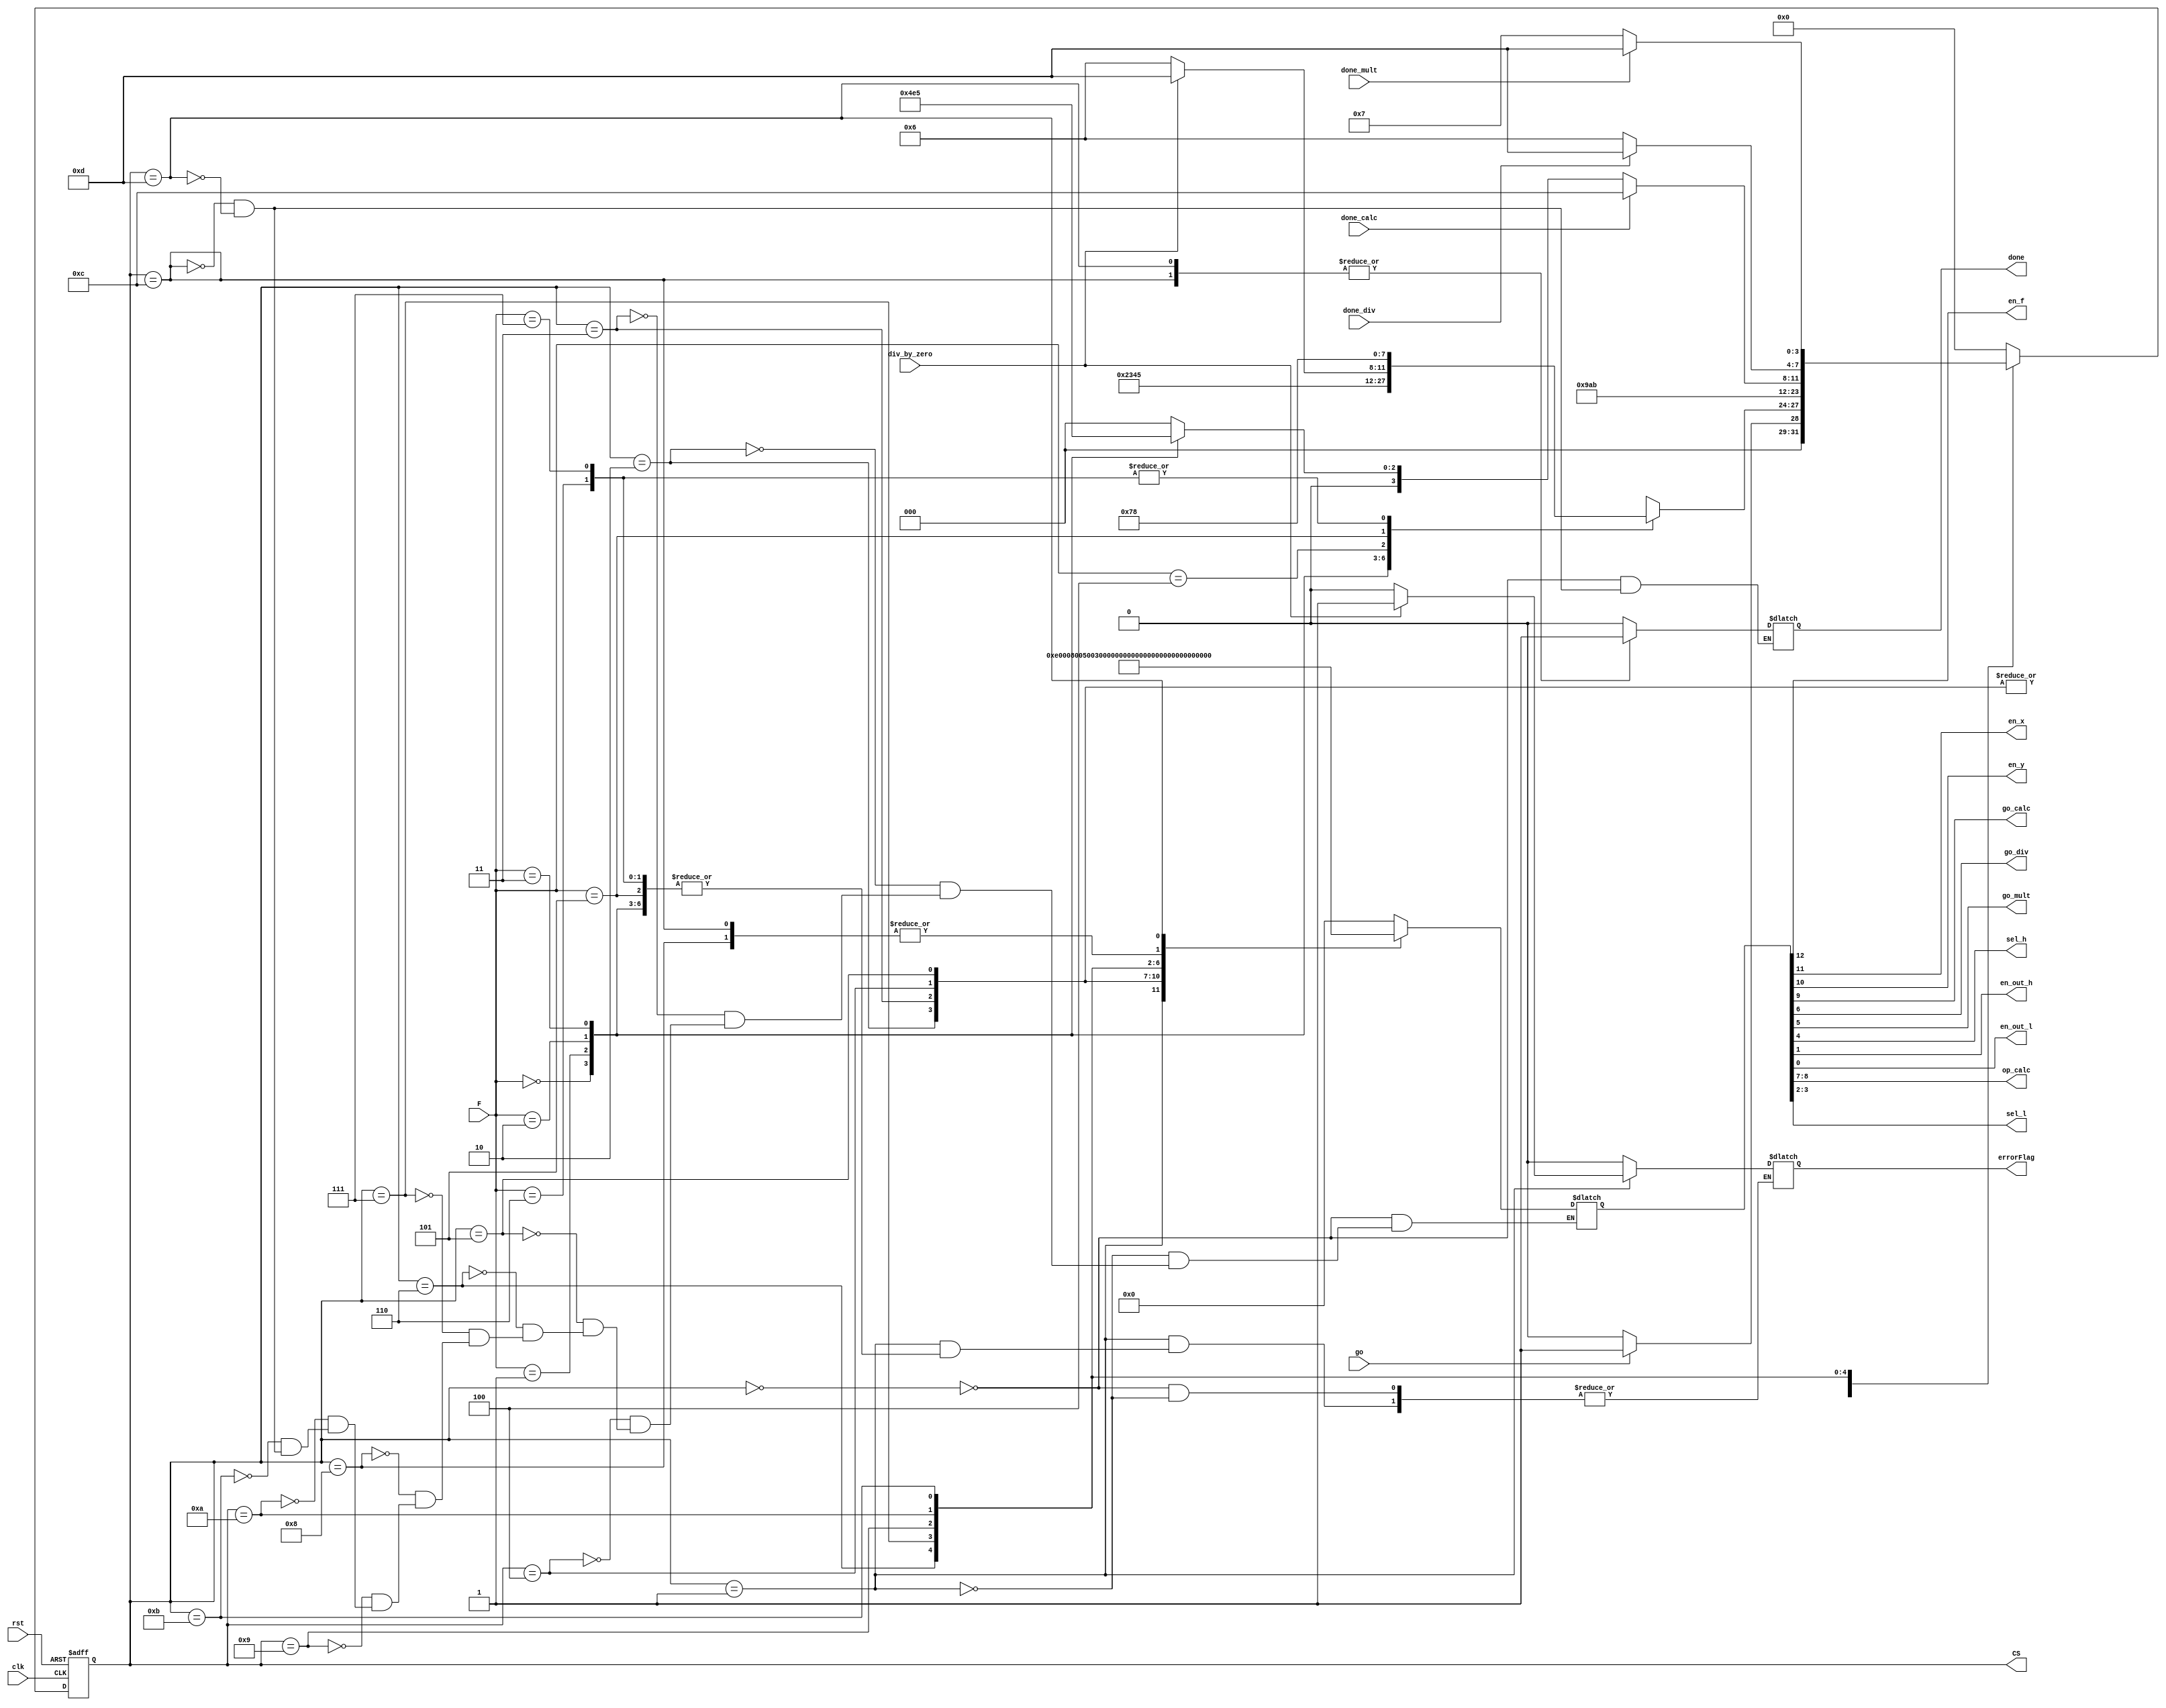
`timescale 1ns / 1ps

module CU(input clk, rst, go, done_calc, done_div, done_mult, div_by_zero,
          input [2:0] F,
          output reg en_f, en_x, en_y, go_calc, go_div, go_mult, sel_h, en_out_h, en_out_l, done, errorFlag,
          output reg[1:0] op_calc, sel_l,
          output reg[3:0] CS);
reg[12:0] ctrl;
reg[3:0] NS;

parameter
            sIDLE = 4'b0000,sLOAD = 4'b0001,sADD = 4'b0010,sSUB = 4'b0011,sAND = 4'b0100,
            sXOR = 4'b0101,sDIV = 4'b0110,sMUL = 4'b0111,sPASS = 4'b1000,sDONE_CALC = 4'b1001,
            sDONE_DIV = 4'b1010, sDONE_MUL = 4'b1011, sOUT_CALC = 4'b1100, sOUT_D_M = 4'b1101,
            IDLE = 13'b0_0_0_0_00_0_0_0_00_0_0,
            LOAD1 = 13'b1_1_1_0_00_0_0_0_00_0_0,
            GO_ADD = 13'b0_0_0_1_00_0_0_0_00_0_0,
            GO_SUB = 13'b0_0_0_1_01_0_0_0_00_0_0,
            GO_AND = 13'b0_0_0_1_10_0_0_0_00_0_0,
            GO_XOR = 13'b0_0_0_1_11_0_0_0_00_0_0,
            GO_DIV = 13'b0_0_0_0_00_1_0_0_00_0_0,
            GO_MULT = 13'b0_0_0_0_00_0_1_0_00_0_0,
            PASS = 13'b0_0_0_0_00_0_0_0_00_0_1,
            DONE_CALC = 13'b0_0_0_0_00_0_0_0_01_0_0,
            DONE_DIV = 13'b0_0_0_0_00_0_0_1_11_0_0,
            DONE_MULT = 13'b0_0_0_0_00_0_0_0_10_0_0,
            OUT_CALC = 13'b0_0_0_0_00_0_0_0_00_0_1,
            OUT_DIV_MULT = 13'b0_0_0_0_01_0_0_0_00_1_1;
            
always@(posedge clk, posedge rst)begin
    if(rst) CS <= IDLE;
    else CS <= NS;
end
always@(ctrl) {en_f, en_x, en_y, go_calc, op_calc, go_div, go_mult, sel_h, sel_l, en_out_h, en_out_l} = ctrl;
always@(CS, go)begin //might need to take out q
    case(CS)
        sIDLE:begin
            ctrl = IDLE;
            done = 0;
            errorFlag = 0;
            if(go) NS = sLOAD;
            else NS = sIDLE;
        end
        sLOAD:begin
            ctrl = LOAD1;
            case(F) //F
                3'b000:NS = sADD;
                3'b001:NS = sSUB;
                3'b010:NS = sAND;
                3'b011:NS = sXOR;
                3'b100:begin 
                    if(div_by_zero == 0)begin
                        errorFlag = 0;
                        NS = sDIV;
                    end
                    else begin
                        errorFlag = 1;
                        NS = sOUT_D_M;
                    end
                end
                3'b101:NS = sMUL;
                3'b110:NS = sPASS;
                3'b111:NS = sPASS;
                default: NS = sPASS;
            endcase
        end
        sADD:begin
            ctrl = GO_ADD;
            NS = sDONE_CALC;
        end
        sSUB:begin
            ctrl = GO_SUB;
            NS = sDONE_CALC;
        end
        sAND:begin
            ctrl = GO_AND;
            NS = sDONE_CALC;
        end
        sXOR:begin
            ctrl = GO_XOR;
            NS = sDONE_CALC;
        end
        sDIV:begin
            ctrl = GO_DIV;
            NS = sDONE_DIV;
        end
        sMUL:begin
            ctrl = GO_MULT;
            NS = sDONE_MUL;
        end
        sPASS:begin
            ctrl = PASS;
            NS = sIDLE;
        end
        sDONE_CALC:begin
            ctrl = DONE_CALC;
            if(done_calc)
                NS = sOUT_CALC;
            else
                case(F)
                    3'b000:NS = sADD;
                    3'b001:NS = sSUB;
                    3'b010:NS = sAND;
                    3'b011:NS = sXOR;
                    default:NS = sIDLE;
                endcase
        end
        sDONE_DIV:begin
            ctrl = DONE_DIV;
            if(done_div)
                NS = sOUT_D_M;
            else
                NS = sDIV;
        end
        sDONE_MUL:begin
            ctrl = DONE_MULT;
            if(done_mult)
                NS = sOUT_D_M;
            else
                NS = sMUL;
        end
        sOUT_CALC:begin
            ctrl = OUT_CALC;
            done = 1;
            NS = sIDLE;
        end
        sOUT_D_M:begin
            ctrl = OUT_DIV_MULT;
            done = 1;
            NS = sIDLE;
        end
        default: NS = sIDLE;
    endcase
end
endmodule